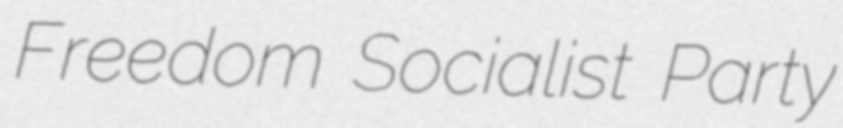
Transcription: Freedom Socialist Party